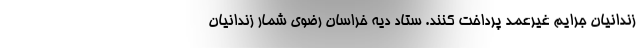
زندانیان جرایم غیرعمد پرداخت کنند. ستاد دیه خراسان رضوی شمار زندانیان